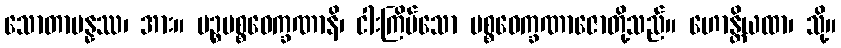
သောတာပန္နဿ၊ အား။ ပဉ္စပစ္စဝေက္ခဏာနိ၊ ငါးကြိမ်သော ပစ္စဝေက္ခဏာဇောတို့သည်။ ဟောန္တိယထာ၊ သို့။